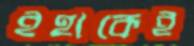
ইহাকেই